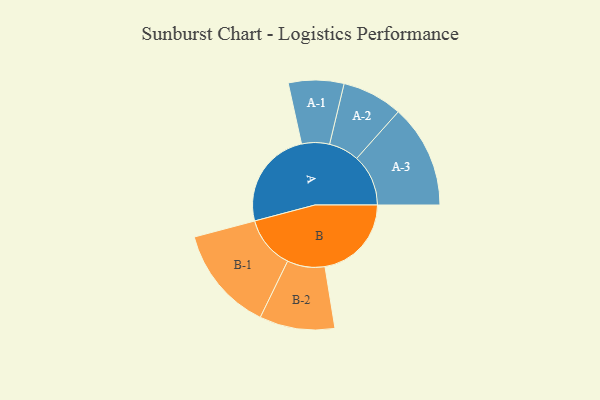
{"axis": {"x": "Segment", "y": "Value"}, "legend": ["", "A", "B"], "data": [{"x": "A", "y": 389, "type": ""}, {"x": "B", "y": 340, "type": ""}, {"x": "A-1", "y": 109, "type": "A"}, {"x": "A-2", "y": 119, "type": "A"}, {"x": "A-3", "y": 203, "type": "A"}, {"x": "B-1", "y": 207, "type": "B"}, {"x": "B-2", "y": 148, "type": "B"}]}